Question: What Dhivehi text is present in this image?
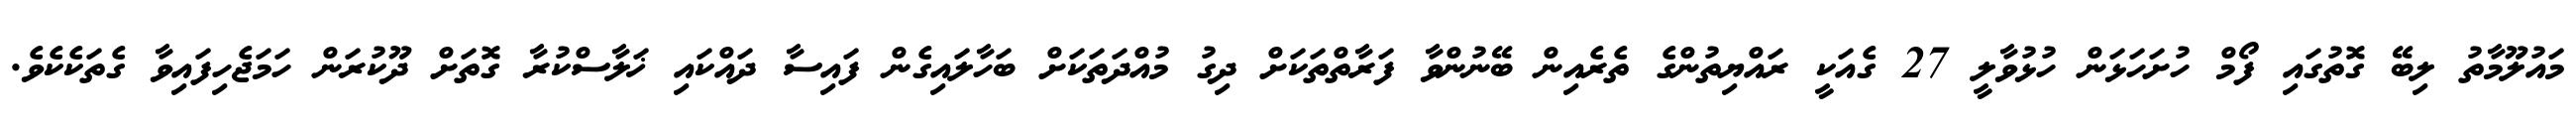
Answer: މައުލޫމާތު ލިބޭ ގޮތުގައި ފޯމް ހުށަހަޅަން ހުޅުވާލީ 27 ގެއަކީ ރައްޔިތުންގެ ތެރެއިން ބޭނުންވާ ފަރާތްތަކަށް ދިގު މުއްދަތަކަށް ބަހާލައިގެން ފައިސާ ދައްކައި ޚަލާސްކުރާ ގޮތަށް ދޫކުރަން ހަމަޖެހިފައިވާ ގެތަކެކެވެ.